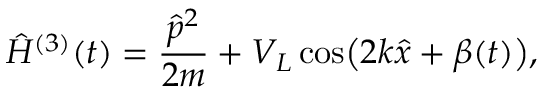
\hat { H } ^ { ( 3 ) } ( t ) = \frac { \hat { p } ^ { 2 } } { 2 m } + V _ { L } \cos \bigl ( 2 k \hat { x } + \beta ( t ) \bigr ) ,